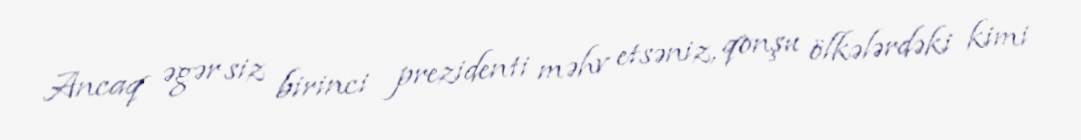
Ancaq əgər siz birinci prezidenti məhv etsəniz, qonşu ölkələrdəki kimi